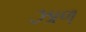
ઝાળ